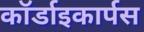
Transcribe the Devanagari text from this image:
कॉर्डाइकार्पस